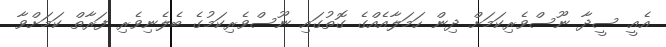
އެއީ ސީދާ ނޫސްވެރިކަމަށް ދިން ހަމަލާއެއްގެ ގޮތުގައި ނޫސްވެރިކަމުގެ ބެލެނިވެރި ފަރާތް ކަމަށްވާ